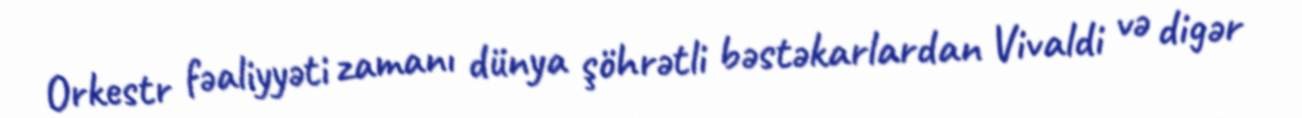
Orkestr fəaliyyəti zamanı dünya şöhrətli bəstəkarlardan Vivaldi və digər